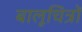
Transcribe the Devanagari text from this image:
बालूचित्रों